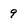
Character: 9